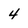
Character: 4